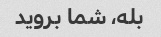
بله، شما بروید